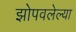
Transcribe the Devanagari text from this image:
झोपवलेल्या